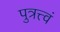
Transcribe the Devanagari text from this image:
पुत्रत्त्वं